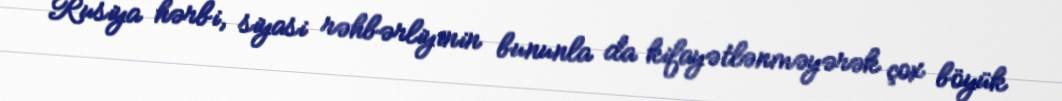
Rusiya hərbi, siyasi rəhbərliyinin bununla da kifayətlənməyərək çox böyük